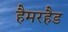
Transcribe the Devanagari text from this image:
हैमरहैड